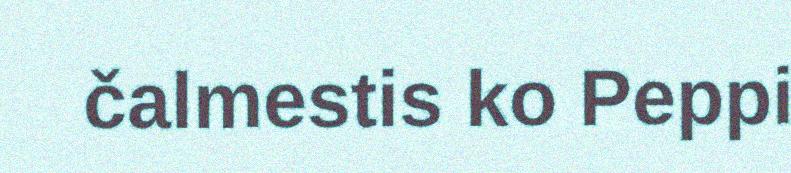
čalmestis ko Peppi